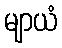
မျာယံ